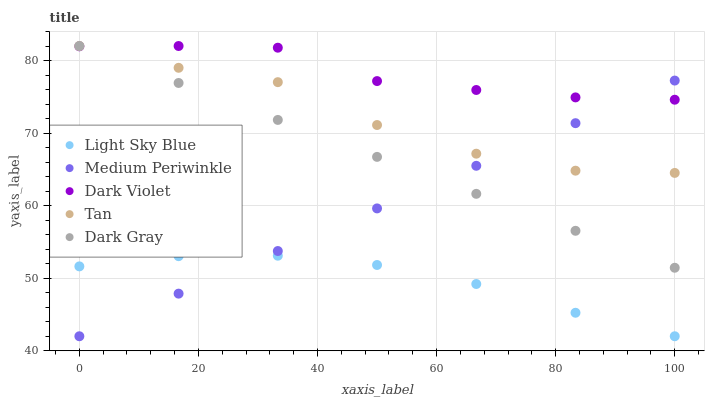
| xaxis_label | Light Sky Blue | Medium Periwinkle | Dark Violet | Tan | Dark Gray |
 | --- | --- | --- | --- | --- | --- |
 | 0 | 51.6 | 42 | 82 | 82 | 82 |
 | 16.7 | 53 | 47.9 | 82 | 79 | 76.9 |
 | 33.3 | 53.1 | 53.7 | 81.8 | 77 | 71.8 |
 | 50 | 51.8 | 59.6 | 77.2 | 71.1 | 66.7 |
 | 66.7 | 49.2 | 65.5 | 75.9 | 67.2 | 61.6 |
 | 83.3 | 45.2 | 71.4 | 74.9 | 64.8 | 56.5 |
 | 100 | 42 | 77.2 | 74.6 | 64.5 | 51.4 |